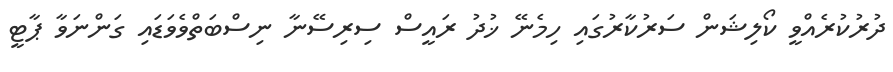
ދުރުކުރެއްވީ ކޯލިޝަން ސަރުކާރުގައި ހިމެނޭ ޚުދު ރައީސް ސިރިސޭނާ ނިސްބަތްވެވަޑައި ގަންނަވާ ޕާޓީ